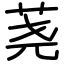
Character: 荛